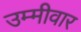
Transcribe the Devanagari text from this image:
उम्मीवार